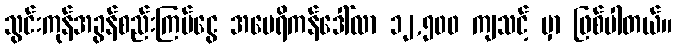
သွင်းကုန်အခွန်စည်းကြပ်ငွေ အမေရိကန်ဒေါ်လာ ၁၂,၅၀၀ ကျသင့် မှာ ဖြစ်ပါတယ်။